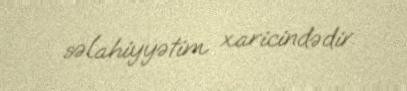
səlahiyyətim xaricindədir.